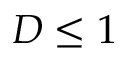
D \le 1